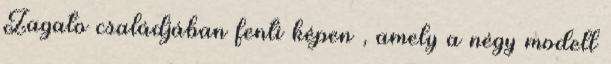
Zagato családjában fenti képen , amely a négy modell